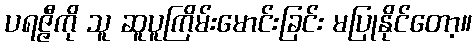
ပရဇ္ဇီကို သူ ဆူပူကြိမ်းမောင်းခြင်း မပြုနိုင်တော့။